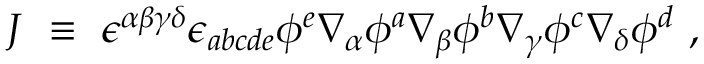
J ~ \equiv ~ \epsilon ^ { \alpha \beta \gamma \delta } \epsilon _ { a b c d e } \phi ^ { e } \nabla _ { \alpha } \phi ^ { a } \nabla _ { \beta } \phi ^ { b } \nabla _ { \gamma } \phi ^ { c } \nabla _ { \delta } \phi ^ { d } ~ ,